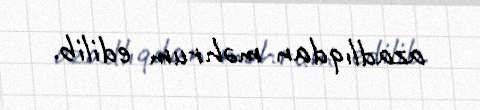
azadlıqdan məhrum edilib.